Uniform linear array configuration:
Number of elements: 64
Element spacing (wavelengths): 1
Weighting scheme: hann
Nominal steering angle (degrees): -45
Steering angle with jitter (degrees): -43.401
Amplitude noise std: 0.05
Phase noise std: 0.05

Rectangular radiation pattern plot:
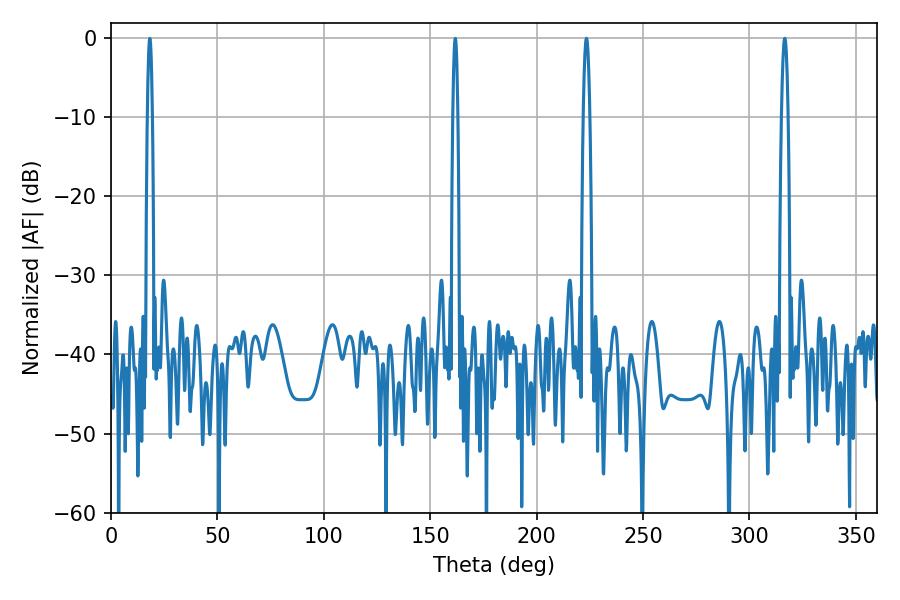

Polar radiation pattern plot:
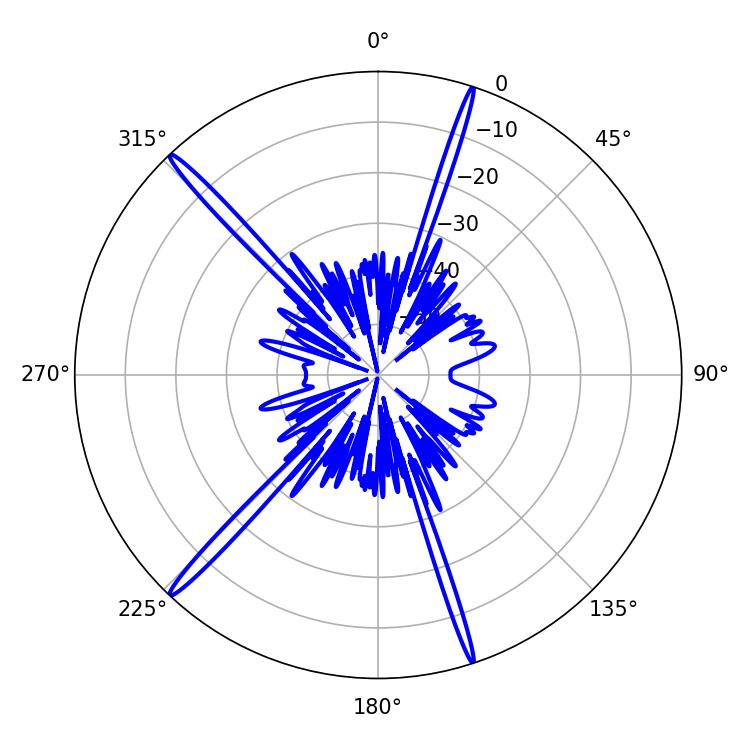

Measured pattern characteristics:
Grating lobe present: TRUE
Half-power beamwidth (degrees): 1.62
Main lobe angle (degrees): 223.38